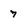
Character: 7